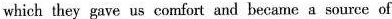
which they gave us comfort and became a source of